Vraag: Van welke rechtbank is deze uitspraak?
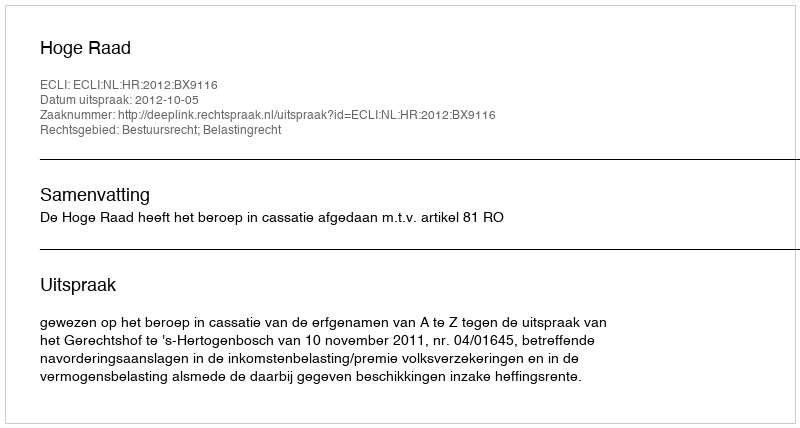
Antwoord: Hoge Raad